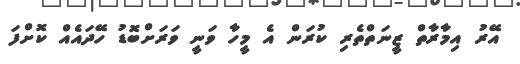
އޭރު އިމާރާތް ޒީނަތްތެރި ކުރަން އެ މީހާ ވަނީ ވަރަށްބޮޑު ހޭދައެއް ކޮށްފަ